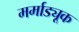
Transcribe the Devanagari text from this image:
मर्माड्यूक